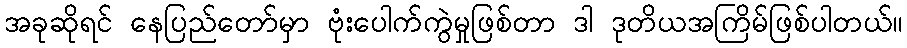
အခုဆိုရင် နေပြည်တော်မှာ ဗုံးပေါက်ကွဲမှုဖြစ်တာ ဒါ ဒုတိယအကြိမ်ဖြစ်ပါတယ်။